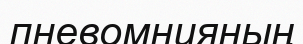
пневомнияның